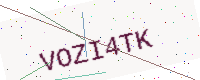
Text: VOZI4TK